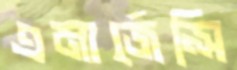
এমার্জেন্সি